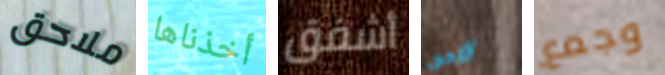
ملاحق أخذناها أشفق الامم وجمع